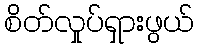
စိတ်လှုပ်ရှားဖွယ်